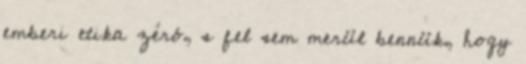
emberi etika zéró, s fel sem merül bennük, hogy